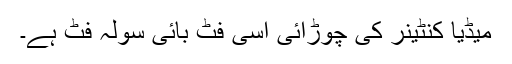
میڈیا کنٹینر کی چوڑائی اسی فٹ بائی سولہ فٹ ہے۔